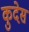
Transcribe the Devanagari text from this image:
कुदेस